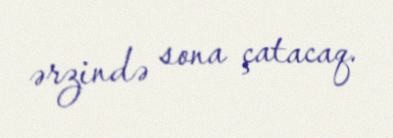
ərzində sona çatacaq.